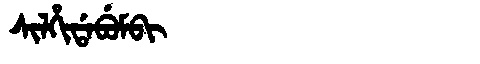
Manchu: ᠰᡳᠯᡥᡳᡩᠠᠪᡠᠮᠪᡳ
Romanization: SILHIDABUMBI